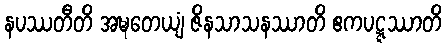
နပဿတီတိ အဍ္ဎတေယျံ ဇိနသာသနဿာတိ ဧကပဋ္ဋဿာတိ